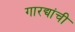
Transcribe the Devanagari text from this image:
गारद्यांची